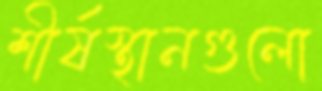
শীর্ষস্থানগুলো